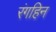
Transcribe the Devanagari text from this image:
रंगहिन